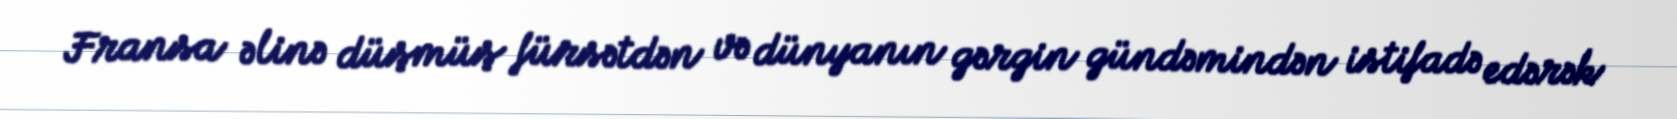
Fransa əlinə düşmüş fürsətdən və dünyanın gərgin gündəmindən istifadə edərək